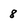
Character: 8